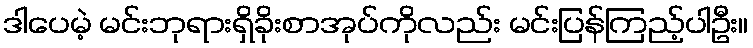
ဒါပေမဲ့ မင်းဘုရားရှိခိုးစာအုပ်ကိုလည်း မင်းပြန်ကြည့်ပါဦး။